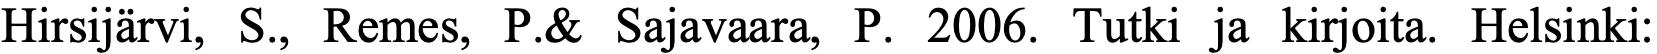
Hirsijärvi, S., Remes, P.& Sajavaara, P. 2006. Tutki ja kirjoita. Helsinki: